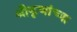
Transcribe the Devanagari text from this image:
श्रीकृणांच्या